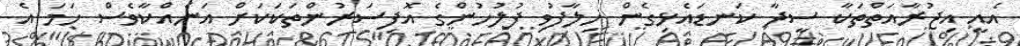
އެއީ އިޖުރާއަތްތަކާ ސީދާ ކަނޑައެޅިގެން ހިލާފުވި ފުލުހުންގެ އޮފިސަރުންތަކަކަށް އަނެއްކާވެސް ހަމަ އެ